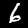
Digit: 6